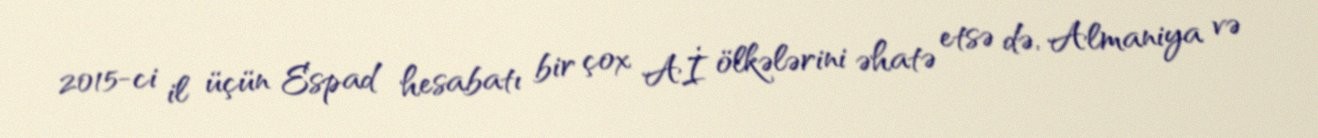
2015-ci il üçün Espad hesabatı bir çox Aİ ölkələrini əhatə etsə də, Almaniya və